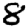
Digit: 8